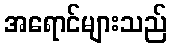
အရောင်များသည်